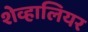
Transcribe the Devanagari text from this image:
शेव्हालियर